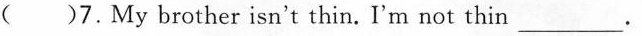
( )7.My brother isn't thin. I'm not thin___.